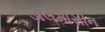
ડાલમાસીન